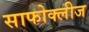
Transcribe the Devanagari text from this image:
साफोक्लीज